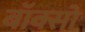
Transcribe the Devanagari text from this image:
बॉक्सो